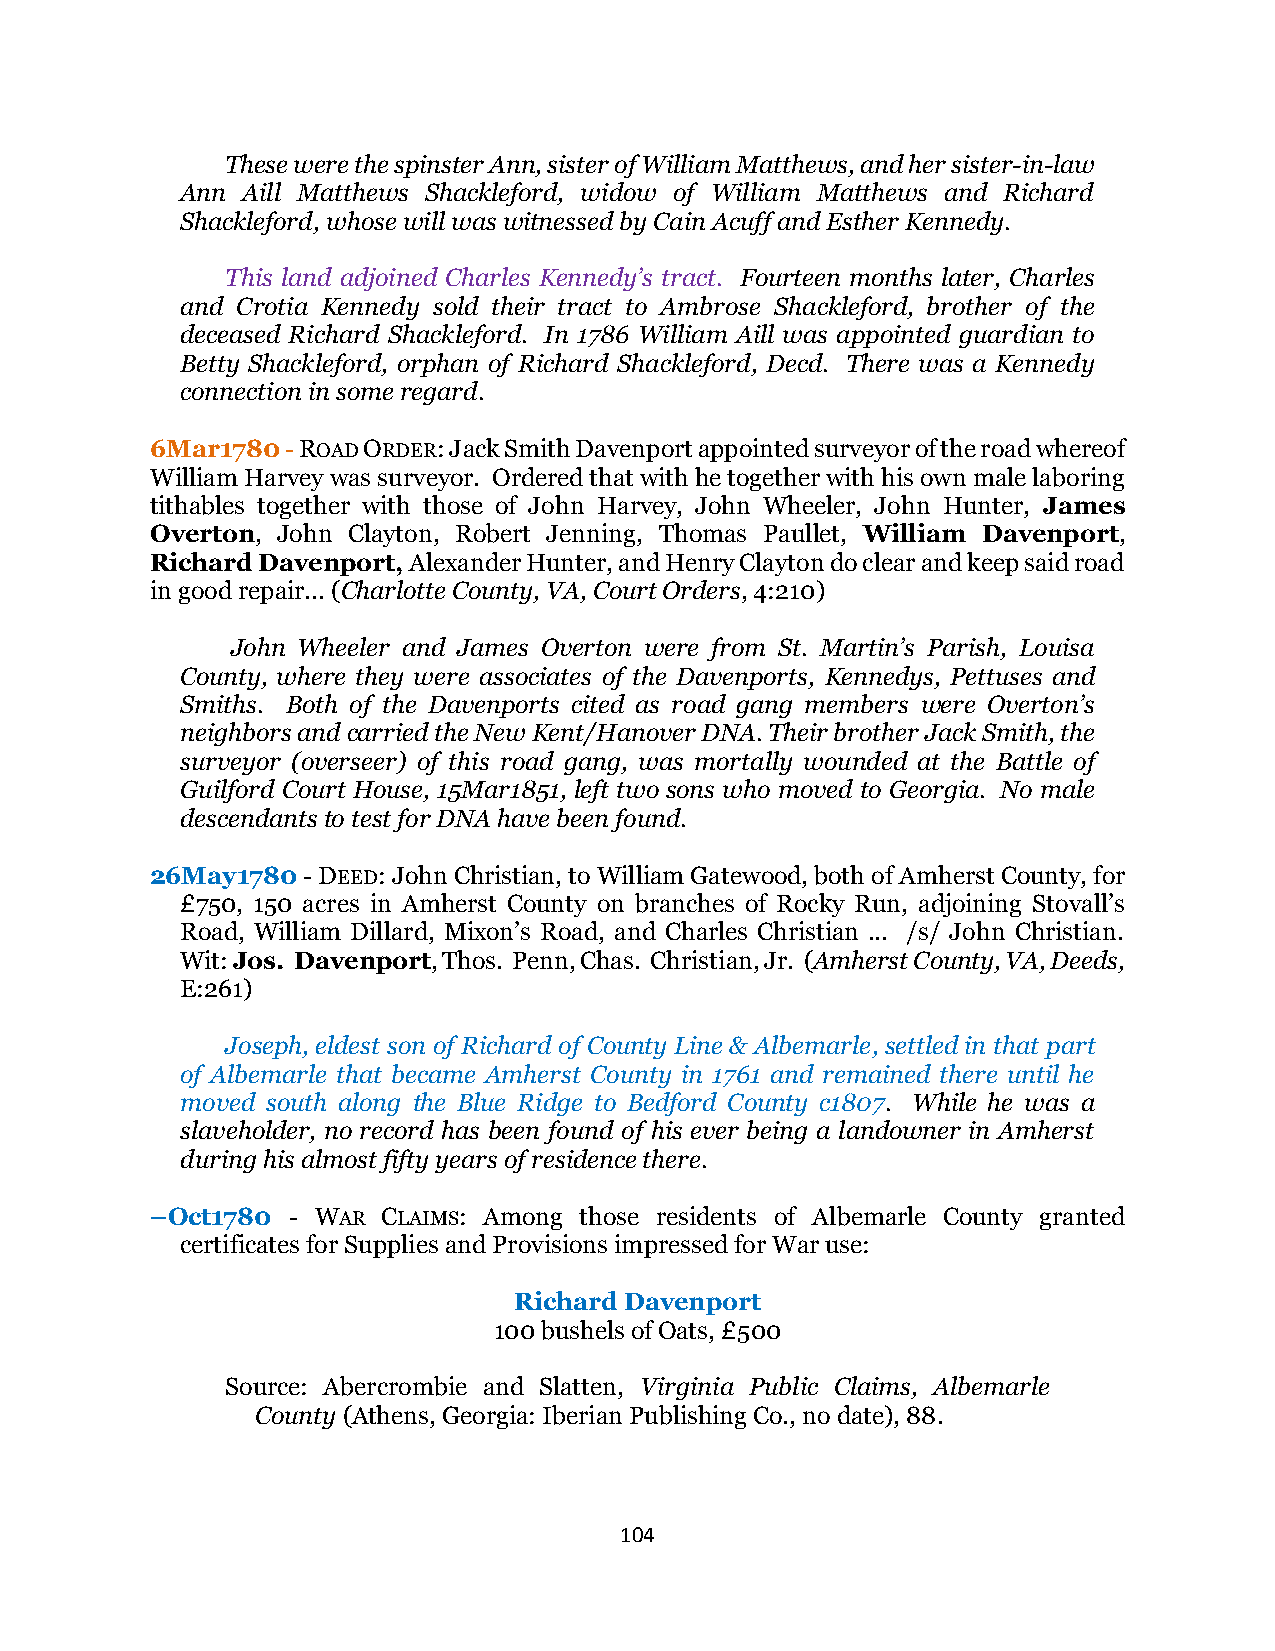
These were the spinster Ann, sister of William Matthews, and her sister-in-law
 Ann Aill Matthews Shackleford, widow of William Matthews and Richard
 Shackleford, whose will was witnessed by Cain Acuff and Esther Kennedy.
 This land adjoined Charles Kennedy’s tract. Fourteen months later, Charles
 and Crotia Kennedy sold their tract to Ambrose Shackleford, brother of the
 deceased Richard Shackleford. In 1786 William Aill was appointed guardian to
 Betty Shackleford, orphan of Richard Shackleford, Decd. There was a Kennedy
 connection in some regard.
 6Mar1780 - ROAD ORDER: Jack Smith Davenport appointed surveyor of the road whereof
 William Harvey was surveyor. Ordered that with he together with his own male laboring
 tithables together with those of John Harvey, John Wheeler, John Hunter, James
 Overton, John Clayton, Robert Jenning, Thomas Paullet, William Davenport,
 Richard Davenport, Alexander Hunter, and Henry Clayton do clear and keep said road
 in good repair... (Charlotte County, VA, Court Orders, 4:210)
 John Wheeler and James Overton were from St. Martin’s Parish, Louisa
 County, where they were associates of the Davenports, Kennedys, Pettuses and
 Smiths. Both of the Davenports cited as road gang members were Overton’s
 neighbors and carried the New Kent/Hanover DNA. Their brother Jack Smith, the
 surveyor (overseer) of this road gang, was mortally wounded at the Battle of
 Guilford Court House, 15Mar1851, left two sons who moved to Georgia. No male
 descendants to test for DNA have been found.
 26May1780 - DEED: John Christian, to William Gatewood, both of Amherst County, for
 £750, 150 acres in Amherst County on branches of Rocky Run, adjoining Stovall’s
 Road, William Dillard, Mixon’s Road, and Charles Christian ... /s/ John Christian.
 Wit: Jos. Davenport, Thos. Penn, Chas. Christian, Jr. (Amherst County, VA, Deeds,
 E:261)
 Joseph, eldest son of Richard of County Line & Albemarle, settled in that part
 of Albemarle that became Amherst County in 1761 and remained there until he
 moved south along the Blue Ridge to Bedford County c1807. While he was a
 slaveholder, no record has been found of his ever being a landowner in Amherst
 during his almost fifty years of residence there.
 –Oct1780 - WAR CLAIMS: Among those residents of Albemarle County granted
 certificates for Supplies and Provisions impressed for War use:
 Richard Davenport
 100 bushels of Oats, £500
 Source: Abercrombie and Slatten, Virginia Public Claims, Albemarle
 County (Athens, Georgia: Iberian Publishing Co., no date), 88.
 104